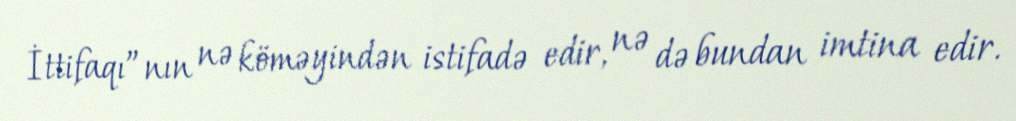
İttifaqı”nın nə köməyindən istifadə edir, nə də bundan imtina edir.